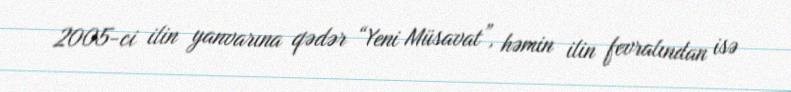
2005-ci ilin yanvarına qədər “Yeni Müsavat”, həmin ilin fevralından isə